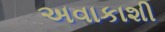
અવાકાશી